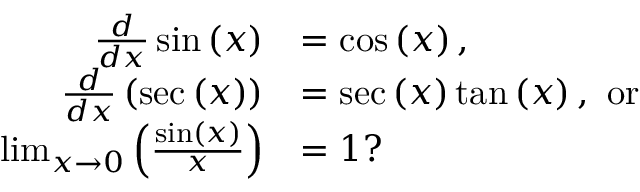
\begin{array} { r l } { \frac { d } { d x } \sin \left( x \right) } & { = \cos \left( x \right) , } \\ { \frac { d } { d x } \left( \sec \left( x \right) \right) } & { = \sec \left( x \right) \tan \left( x \right) , \mathrm { ~ o r ~ } } \\ { \operatorname* { l i m } _ { x \to 0 } \left( \frac { \sin \left( x \right) } { x } \right) } & { = 1 ? } \end{array}